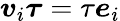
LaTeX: \boldsymbol{v}_{i}\boldsymbol{\tau}=\tau\boldsymbol{e}_{i}